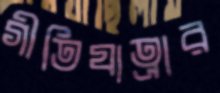
গীতিযাত্রার